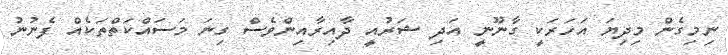
ނިމިގެން މިދިޔަ އަހަރަކީ ގާނޫނީ އަދި ޝަރުއީ ދާއިރާއިންވެސް ގިނަ މަސައްކަތްތަކެއް ފެނުނު